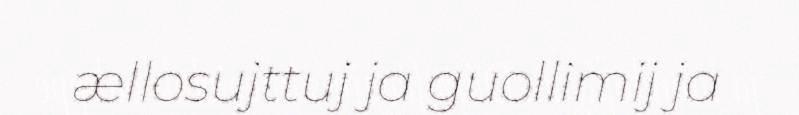
ællosujttuj ja guollimij ja